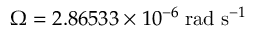
\Omega = 2 . 8 6 5 3 3 \times 1 0 ^ { - 6 } \; \mathrm { r a d } \; \mathrm { s } ^ { - 1 }